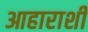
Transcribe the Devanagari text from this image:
आहाराशी